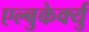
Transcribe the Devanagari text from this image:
एल्बुकेर्क्यु